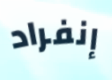
إنفراد